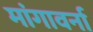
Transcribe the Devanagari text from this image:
मांगावर्ना